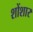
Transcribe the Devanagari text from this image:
शोंशार